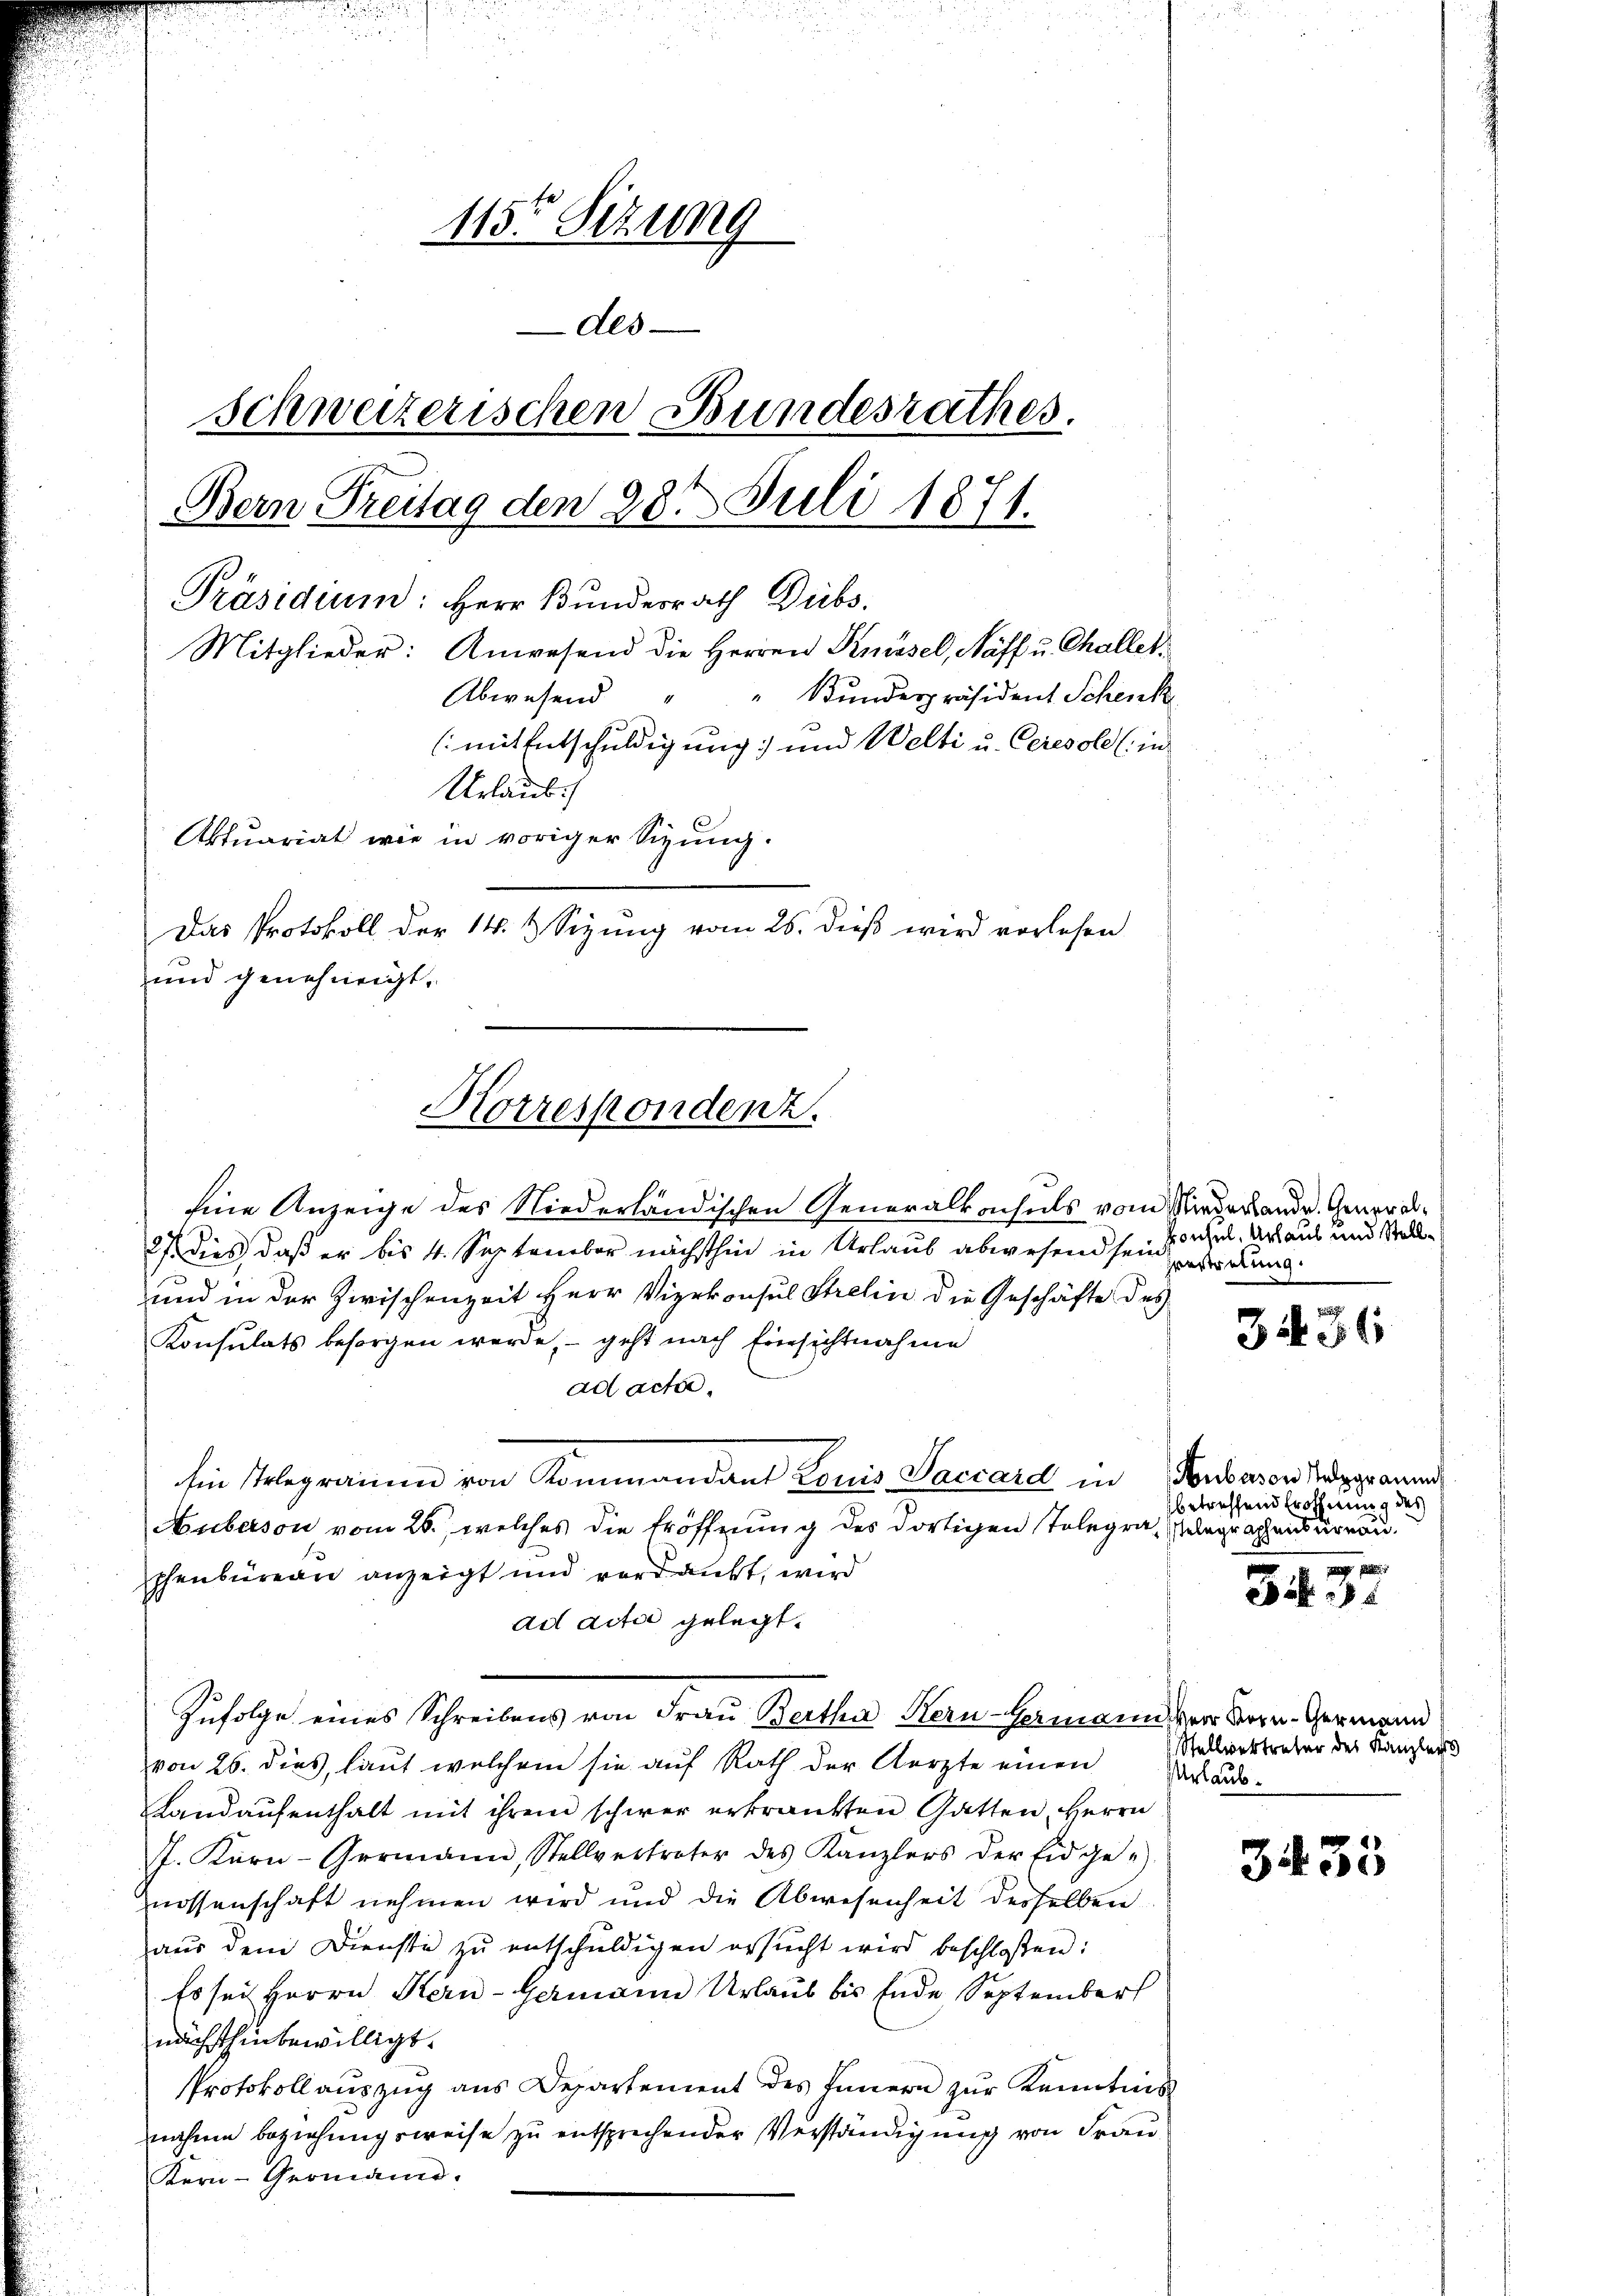
115ten Sitzung
Als
schweizerischen Bundesrathes.
Bern Freitag den 28ten Juli 1871.
Präsidium: Herr Bundesrath Diebs
Mitglieder: Anwesend die Herren Knüsel, Naff u. Challer¬
Abwesend " " Bunderpräsident Schenk
(mit Entschuldigung und Welti u. Ceresole (in
Urlaub.
Aktuariat wie in voriger Sizung.
Das Protokoll der 14. d. Sizung vom 26. dieß wird verlesen
und genehmigt.

Eine Anzeige des Niederländischen Generalkonsuls vom Nieder ande. General¬
27. dies, daß er bis 4. September nächsthin in Urlaub abwesend sein sel. Art aus und Stell¬
und in der Zwischenzeit Herr Vizekonsul Strelin die Geschäfte des
Konsulats besorgen werde, – geht nach Einsichtnahme
ad acta.
Ein Telegramm von Kommandant Louis Saccard in Hubaron Taggramm
Auberson vom 26., welches die Eröffnung des dortigen Telegra elegraphensürnun
phenbureau anzeigt und verdankt, wird
ad acta gelegt.
Zufolge eines Schreibens von Frau Bertha Kern-Hermann der Bern. Germann
von 26. dies, laut welchem sie auf Rath der Aerzte einen
Landaufenthalt mit ihrem schwer erkränkten Gatten, Herrn
J. Karn-Germann, Stellvertreter des Kanzlers der Eidge-
nossenschaft nehmen wird und die Abwesenheit derselben
aus dem Dienste zu entschuldigen ersŭcht wird beschloßen:
Es sei Herrn Kern-Germann Urlaub bis Ende September
nächsthin bewilligt.
Protokoll auszug aus Departement des Innern zur Kenntnis
nahme beziehungsweise zu entsprechender Verständigung von Frau
Kern-Germann.

Korrespondenz.

Heestretung.

3436

betreffend Eröffnung des

34. 31

Stellvertreter des Kanzlei
Urlaub.

3435